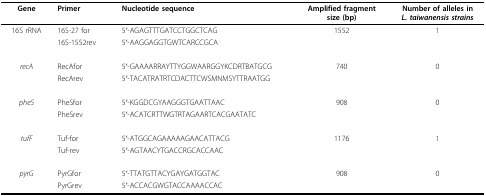
| Gene | Primer | Nucleotide sequence | Amplified fragment size (bp) | Number of alleles in L. taiwanensis strains |
 | --- | --- | --- | --- | --- |
 | 16S rRNA | 16S-27 for | 5'-AGAGTTTGATCCTGGCTCAG | 1552 | 1 |
 |  | 16S-1552rev | 5'-AAGGAGGTGWTCARCCGCA |  |  |
 | recA | RecAfor | 5'-GAAAARRAYTTYGGWAARGGYKCDRTBATGCG | 740 | 0 |
 |  | RecArev | 5'-TACATRATRTCDACTTCWSMNMSYTTRAATGG |  |  |
 | pheS | PheSfor | 5'-KGGDCGYAAGGGTGAATTAAC | 908 | 0 |
 |  | PheSrev | 5'-ACATCRTTWGTRTAGAARTCACGAATATC |  |  |
 | tufF | Tuf-for | 5'-ATGGCAGAAAAAGAACATTACG | 1176 | 1 |
 |  | Tuf-rev | 5'-AGTAACYTGACCRGCACCAAC |  |  |
 | pyrG | PyrGfor | 5'-TTATGTTACYGAYGATGGTAC | 908 | 0 |
 |  | PyrGrev | 5'-ACCACGWGTACCAAAACCAC |  |  |